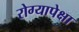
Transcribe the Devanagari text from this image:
रोग्यापेक्षा